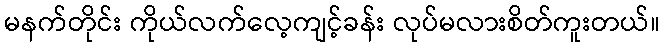
မနက်တိုင်း ကိုယ်လက်လေ့ကျင့်ခန်း လုပ်မလားစိတ်ကူးတယ်။